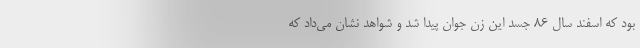
بود که اسفند سال ۸۶ جسد این زن جوان پیدا شد و شواهد نشان می‌داد که